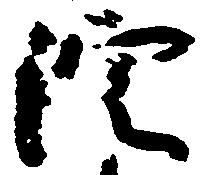
院